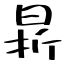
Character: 𣇄